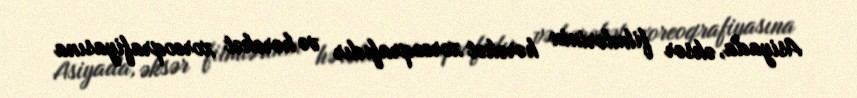
Asiyada, əksər filmlərinin hərəkət xoreoqrafıdır və hərəkət xoreoqrafiyasına